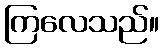
ကြလေသည်။